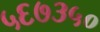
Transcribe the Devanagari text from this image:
५६७३५०